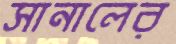
সানালের